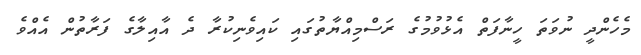
މެހެންދީ ނުވަތަ ހީނާފަތް އެޅުވުމުގެ ރަސްމިއްޔާތުގައި ކައިވެނިކުރާ ދެ އާއިލާގެ ފަރާތުން އެއްވެ